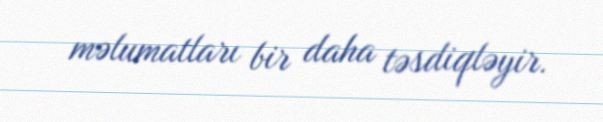
məlumatları bir daha təsdiqləyir.